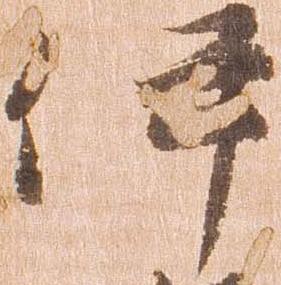
伊